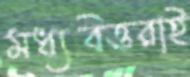
মধ্যবিত্তরাই